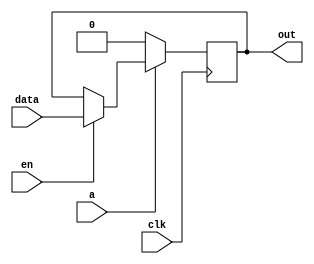
module ff_wunary_expr(
	input a,
	input data,
	input en, 
	input clk, 
	output reg out
);

	wire next_out;

	assign next_out = en ? data : out;

	always @(posedge clk) begin
		if (~a)
			out <= 1'b0;
		else
			out <= next_out;
	end
endmodule